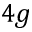
{ 4 g }